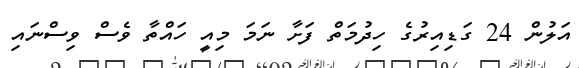
އަލުން 24 ގަޑިއިރުގެ ހިދުމަތް ފަށާ ނަމަ މިއީ ހައްތާ ވެސް ވިސްނައި